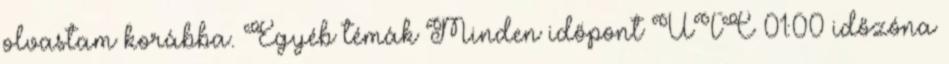
olvastam korábba. Egyéb témák Minden időpont UTC 01:00 időzóna